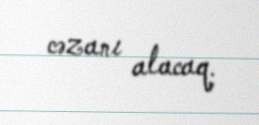
cəzanı alacaq.